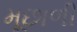
મૂછાળી